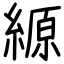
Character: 縓